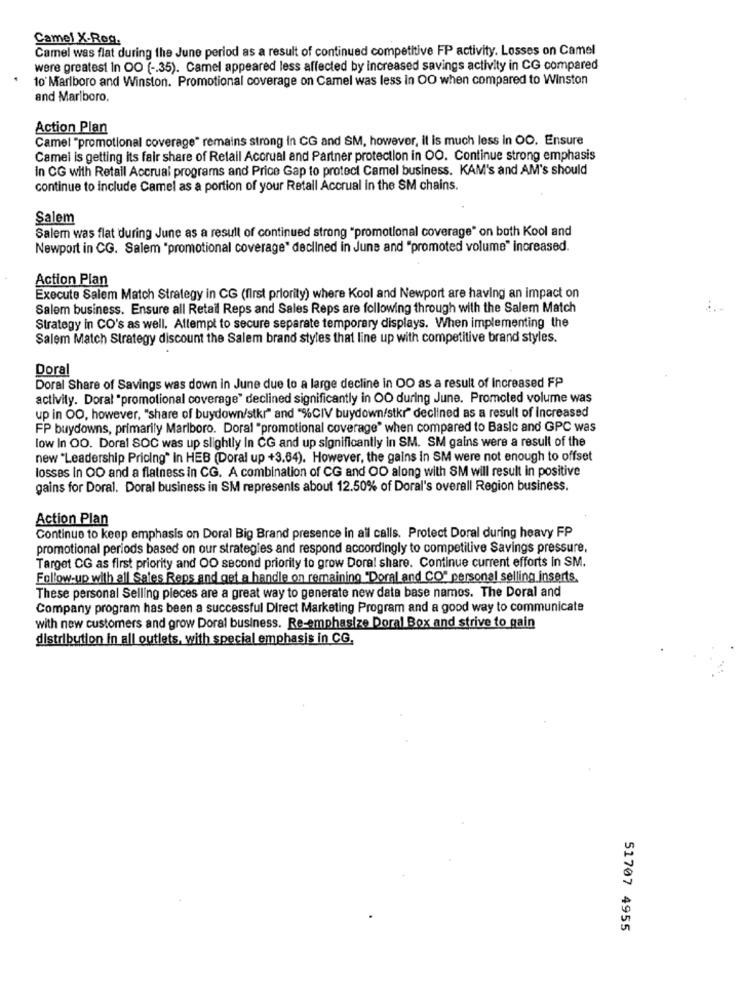
Camel X-Reg.
Camel was flat during the June period as a result of continued competitive FP activity. Losses on Camel
were greatest In OO ( -. 35). Camel appeared less affected by increased savings activity in CG compared
10 Marlboro and Winston. Promotional coverage on Camel was less in OO when compared to Winston
and Marlboro.
Action Plan
Camel "promotional coverage" remains strong in CG and SM, however, it is much less In OO. Ensure
Camel is getting its fair share of Retail Accrual and Partner protection in OO. Continue strong emphasis
In CG with Retail Accrual programs and Price Gap to protect Camel business. KAM's and AM's should
continue to include Camel as a portion of your Retall Accrual in the SM chains.
Salem
Salem was flat during June as a result of continued strong "promotional coverage" on both Kool and
Newport in CG. Salem "promotional coverage" declined in June and "promoted volume" increased.
Action Plan
Execute Salem Match Strategy in CG (first priority) where Kool and Newport are having an impact on
Salem business. Ensure all Retail Reps and Sales Reps are following through with the Salem Match
Strategy in CO's as well. Attempt to secure separate temporary displays. When implementing the
Salem Match Strategy discount the Salem brand styles that line up with competitive brand styles.
Doral
Doral Share of Savings was down in June due to a large decline in OO as a result of Increased FP
activity. Doral "promotional coverage" declined significantly in OO during June. Promoted volume was
up in OO, however, "share of buydown/stkr" and "%CIV buydown/stkr" declined as a result of Increased
FP buydowns, primarily Marlboro. Doral "promotional coverage" when compared to Basic and GPC was
low In OO. Doral SOC was up slightly In CG and up significantly in SM. SM gains were a result of the
new "Leadership Pricing" In HEB (Doral up +3.64). However, the gains in SM were not enough to offset
losses in OD and a flatness in CG. A combination of CG and OO along with SM will result in positive
gains for Doral. Doral business in SM represents about 12.50% of Doral's overall Region business.
Action Plan
Continue to keep emphasis on Doral Big Brand presence in all calls. Protect Doral during heavy FP
promotional periods based on our strategies and respond accordingly to competitive Savings pressure,
Target OG as first priority and OO second priority to grow Doral share. Continue current efforts in SM.
Follow-up with all Sales Reps and get a handle on remaining "Doral and CO" personal selling inserts.
These personal Selling pieces are a great way to generate new data base names. The Doral and
Company program has been a successful Direct Marketing Program and a good way to communicate
with new customers and grow Doral business. Re-emphasize Doral Box and strive to gain
distribution in all outlets, with special emphasis in CG.
51707 4955